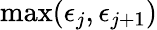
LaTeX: \operatorname*{max}(\epsilon_{j},\epsilon_{j+1})